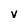
Character: v